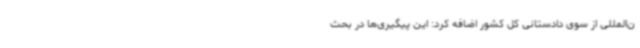
ن‌المللی از سوی دادستانی کل کشور اضافه کرد: این پیگیری‌ها در بحث